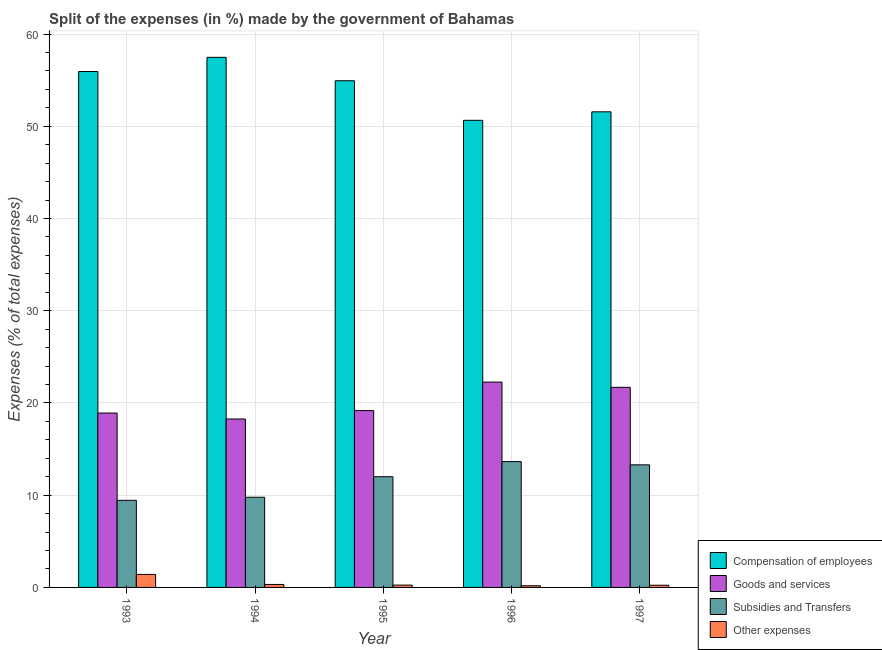
| Year | Compensation of employees | Goods and services | Subsidies and Transfers | Other expenses |
 | --- | --- | --- | --- | --- |
 | 1993 | 55.9 | 18.9 | 9.44 | 1.41 |
 | 1994 | 57.5 | 18.3 | 9.78 | 0.322 |
 | 1995 | 54.9 | 19.2 | 12 | 0.252 |
 | 1996 | 50.6 | 22.3 | 13.6 | 0.182 |
 | 1997 | 51.6 | 21.7 | 13.3 | 0.239 |